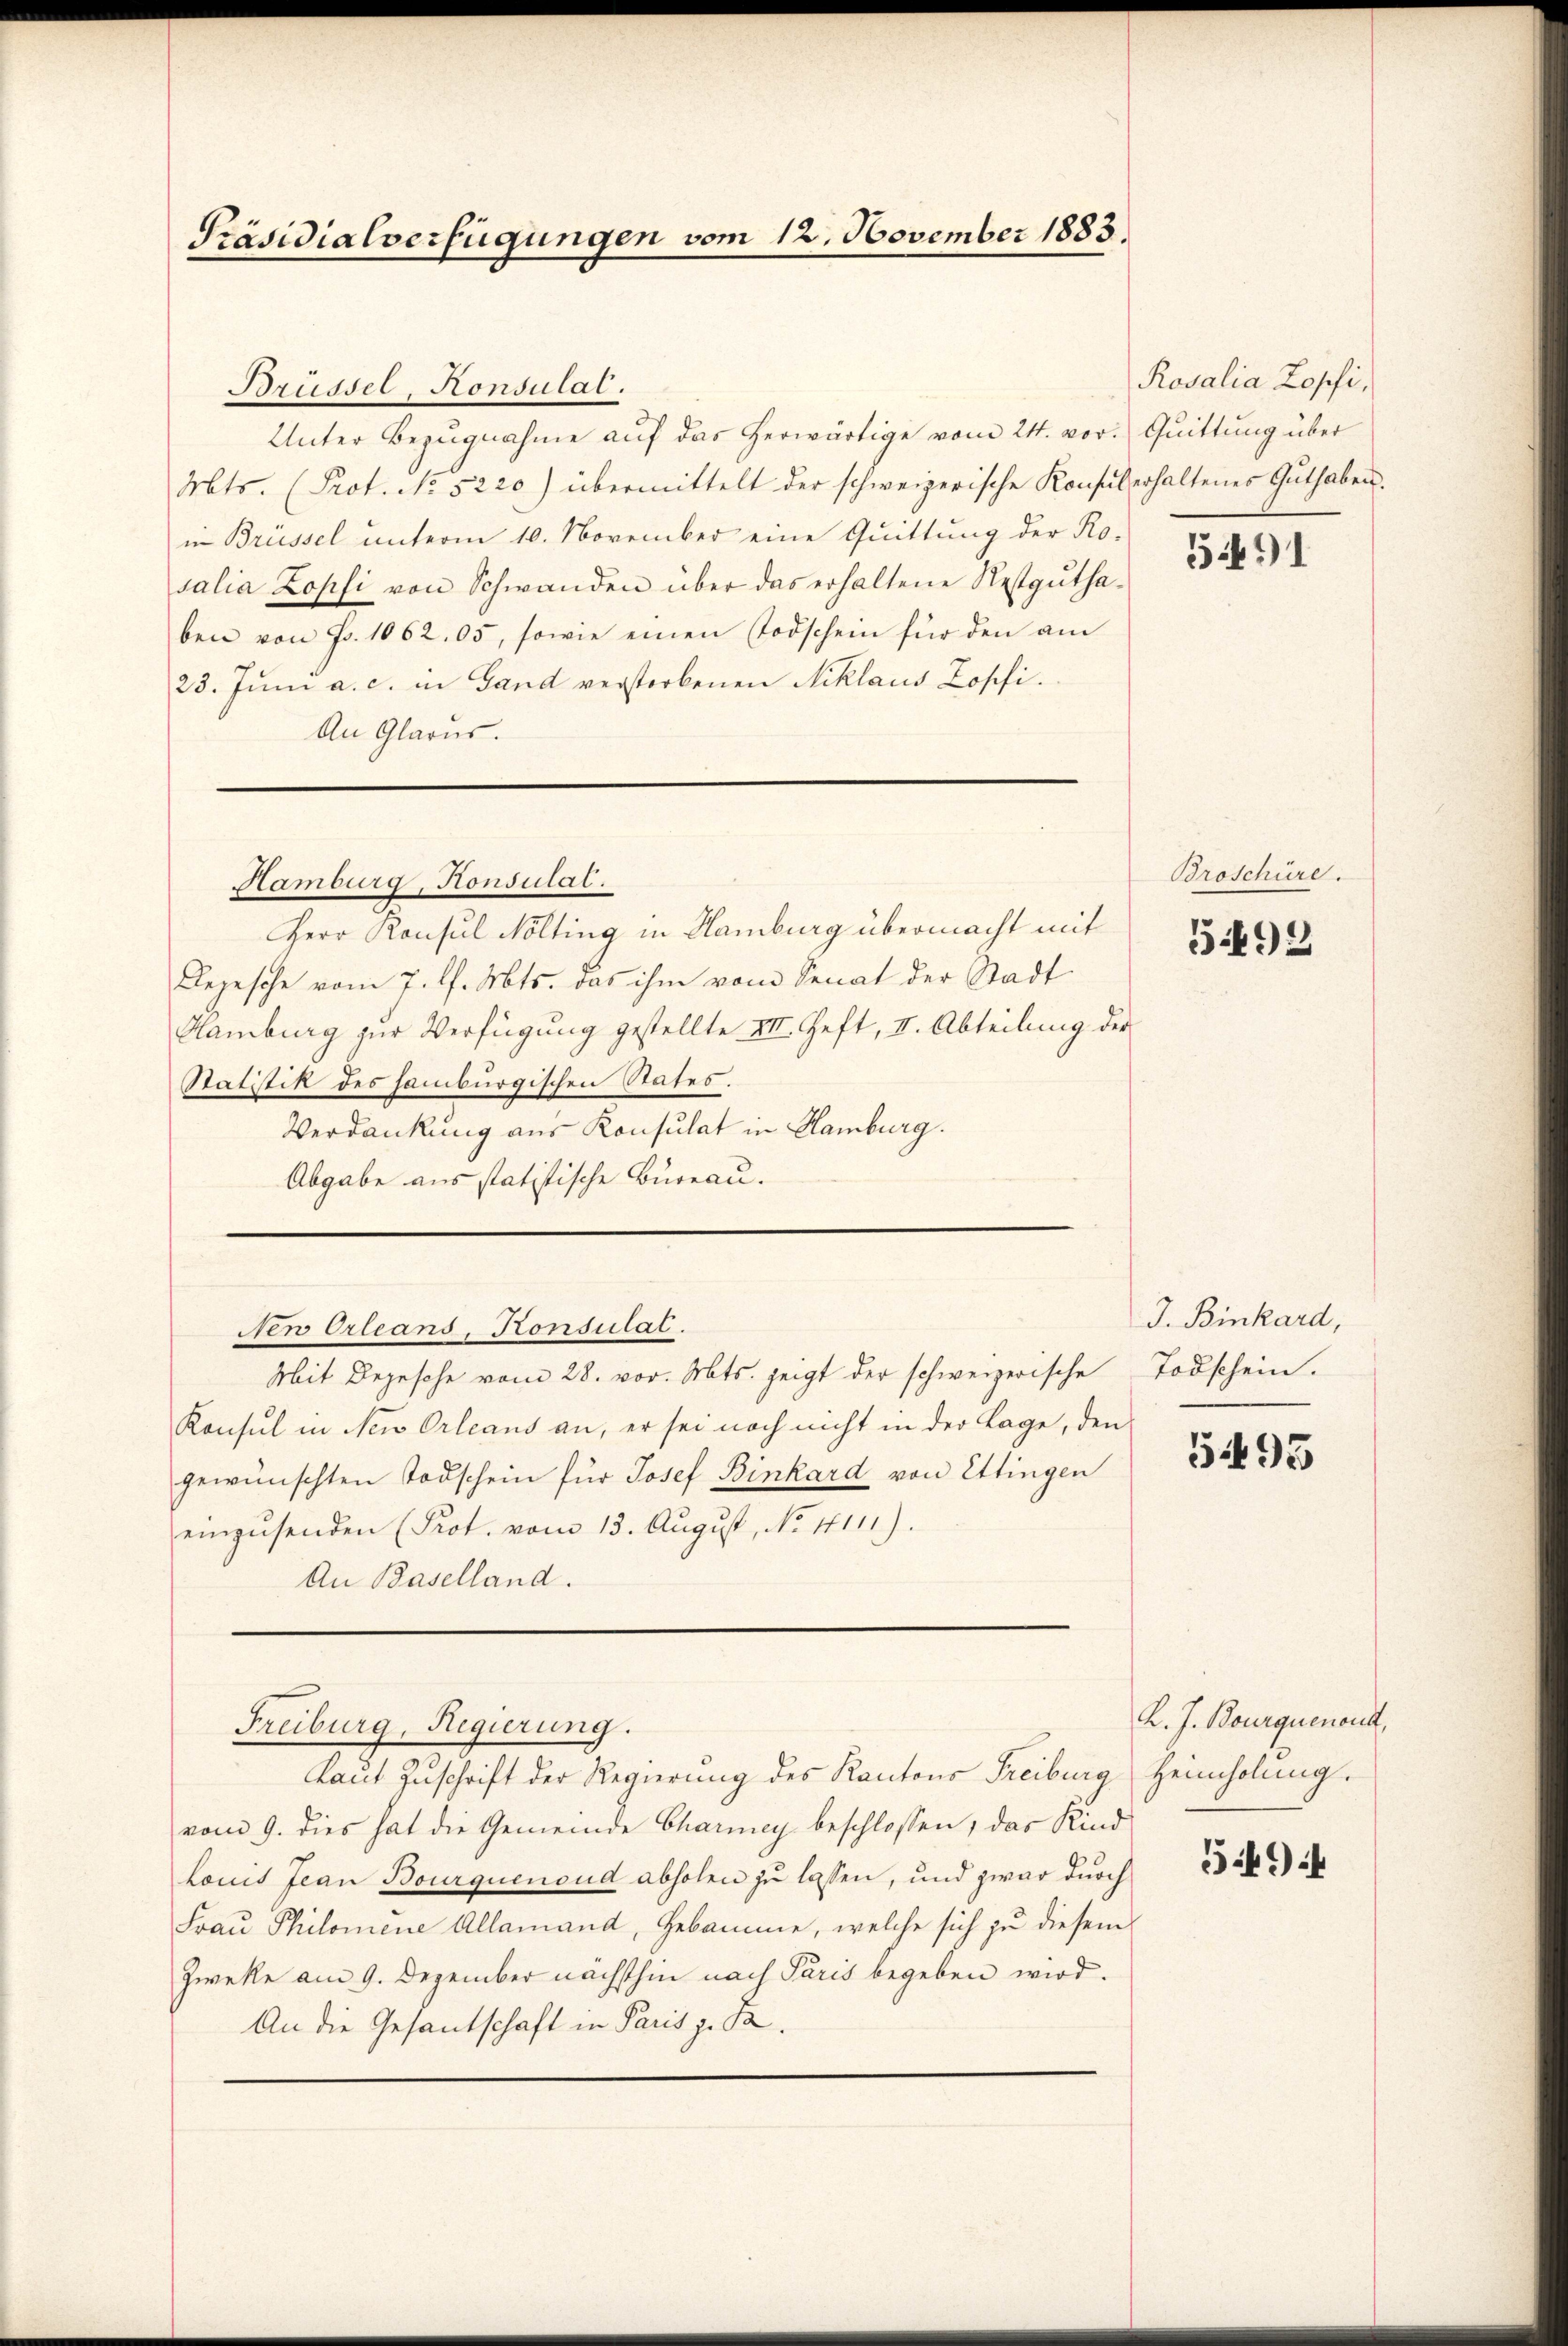
Präsidialverfügungen vom 12. November 1883.

Brüssel, Konsulat.
Unter Bezugnahme auf das herwärtige vom 24. vor. Quittung über
Mts. (Prot. No 5220) übermittelt der schweizerische Konsul erhaltenes Guthaben.
in Brüssel unterm 10. November eine Quittung der Ro-
salia Zopfi von Schwanden über das erhaltene Restgŭtha-
ben von Fr. 1062. 05, sowie einen Todschein für den am
23. Juni a. c. in Gand verstorbenen Niklaus Zopfi.
An Glarus.

Hamburg, Konsulat.

Nen Orleans, Konsulat.

Freiburg, Regierung.

Rosalia Zopfi,

Herr Konsul Nölting in Hamburg übermacht mit
Depesche vom 7. d. Mts. das ihm vom Senat der Stadt¬
Hamburg zur Verfügung gestellte III. Heft, II. Abteilung der
Statistik des samburgischen States.
Verdankung aus Konsulat in Hamburg.
Abgabe aus statistische Bureau.

Mit Depesche vom 28. vor. Mts. zeigt der schweizerische
Konsul in Neu Orleans an, er sei noch nicht in der Lage, den
gewünschten Todschein für Josef Binkard von Ettingen
einzusenden (Prot. vom 13. August, No 11111).
An Baselland.
Laut Zuschrift der Regierung des Kantons Freiburg Heimholung.
vom 9. dies hat die Gemeinde Chariney beschlossen, das Kind
Louis Jean Bourquenoud abholen zu lassen, und zwar durch
Frau Philomene Allamand, Hebamme, welche sich zu diesem
Zwecke am 9. Dezember nächsthin nach Paris begeben wird.
An die Gesantschaft in Paris g. Ta

5491

Broschüre.

5492

J. Binkard,
Todschein.

5495

K. J. Bourquenoud,

5494